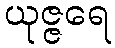
ယုဇ္ဇရေ